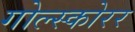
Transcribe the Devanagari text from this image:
गोल्स्कोरर